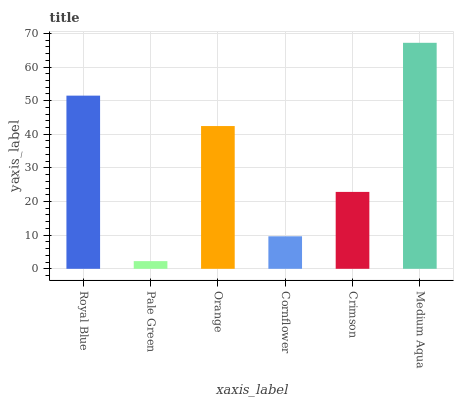
| xaxis_label | bars |
 | --- | --- |
 | Royal Blue | 51.5 |
 | Pale Green | 2.28 |
 | Orange | 42.4 |
 | Cornflower | 9.67 |
 | Crimson | 22.9 |
 | Medium Aqua | 67.2 |